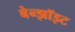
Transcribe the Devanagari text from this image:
बेन्झॉइट